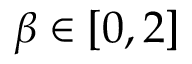
\beta \in [ 0 , 2 ]